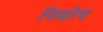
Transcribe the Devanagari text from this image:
निम्रोद